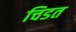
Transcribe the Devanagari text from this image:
चिडत